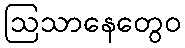
ဩသာနေတွေဝ